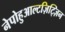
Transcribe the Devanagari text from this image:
नेपोहुआल्टज़िट्ज़िन